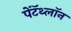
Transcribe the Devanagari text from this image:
पेंटॅथ्लॉन